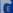
e